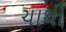
ચાથી